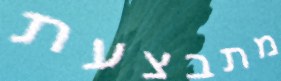
מתבצעת